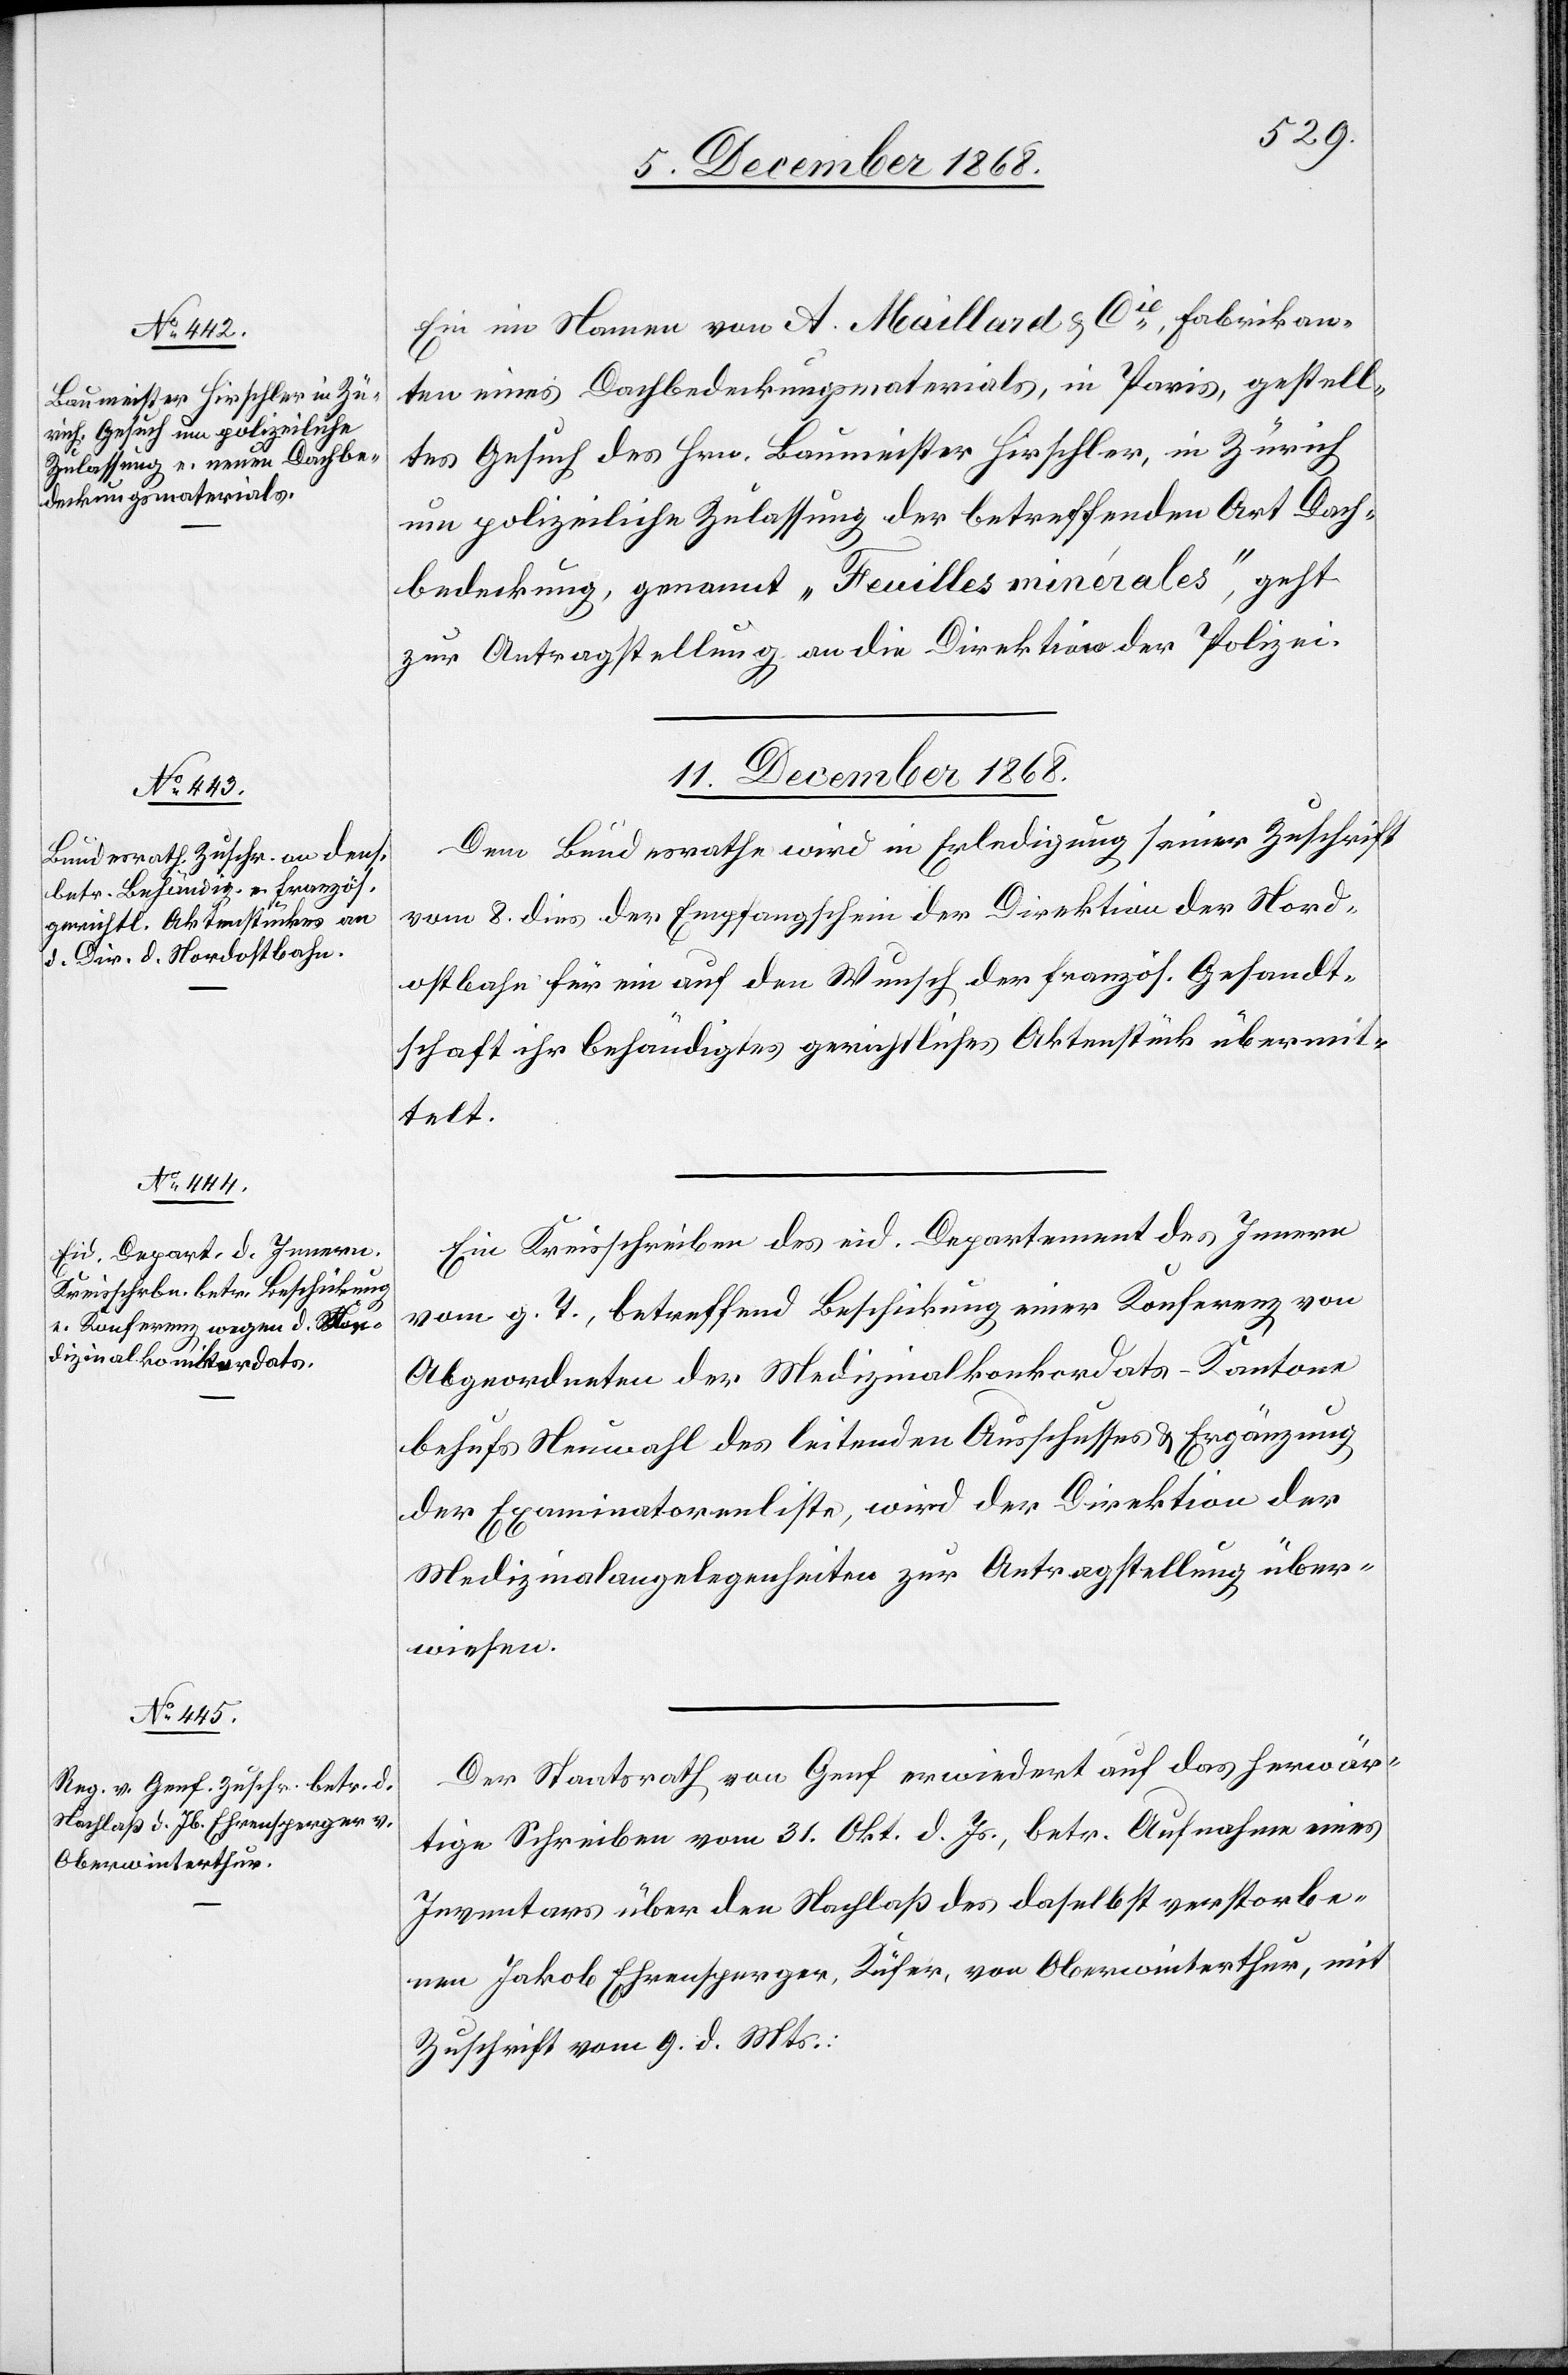
Ein im Namen von A. Maillard & Cie, Fabrikan¬
ten eines Dachbedeckungsmaterials, in Paris, gestell¬
tes Gesuch des Hrn. Baumeister Hirschler, in Zürich
um polizeiliche Zulassung der betreffenden Art Dach¬
bedeckung, genannt „Feuilles minérales“, geht
zur Antragstellung an die Direktion der Polizei.
11. December 1868.]
Dem Bundesrathe wird in Erledigung seiner Zuschrift
vom 8. dies der Empfangschein der Direktion der Nord¬
ostbahn für ein auf den Wunsch der französ. Gesandt¬
schaft ihr behändigtes gerichtliches Aktenstück übermit¬
telt.
Ein Kreisschreiben des eid. Departement des Innern
vom g. T., betreffend Beschickung einer Konferenz von
Abgeordneten der Medizinalkonkordats-Kantone
behufs Neuwahl des leitenden Ausschusses & Ergänzung
der Examinatorenliste, wird der Direktion der
Medizinalangelegenheiten zur Antragstellung über¬
wiesen.
Der Staatsrath von Genf erwiedert auf das herwär¬
tige Schreiben vom 31. Okt. d. Js., betr. Aufnahme eines
Inventars über den Nachlaß des daselbst verstorbe¬
nen Jakob Ehrensperger, Küfer, von Oberwinterthur, mit
Zuschrift vom 9. d. Mts.: